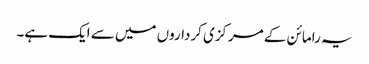
یہ رامائن کے مرکزی کرداروں میں سے ایک ہے۔